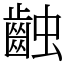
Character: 䶚